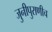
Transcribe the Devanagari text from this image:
जुनीपुराणीच